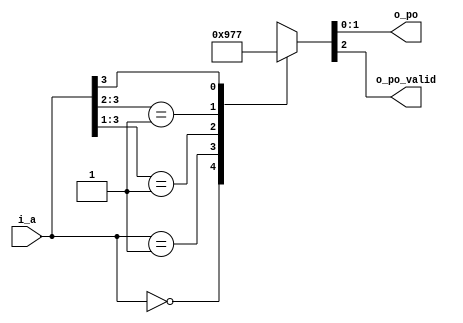
`timescale 1ns / 1ps
//////////////////////////////////////////////////////////////////////////////////
// Company: KETI
// 
// Design Name: 
// Module Name: lzd_4b
// Project Name: 
// Target Devices: 
// Tool Versions: 
// Description: 
// 
// Dependencies: 
// 
// Revision:
// Revision 0.01 - File Created
// Additional Comments:
// 
//////////////////////////////////////////////////////////////////////////////////


module lzd_4b(input [3:0] i_a,
              output wire [1:0] o_po,
              output wire o_po_valid);

    reg [2:0] po_and_valid;
    always @(*) begin 
        casez(i_a)
            4'b0000: po_and_valid = 3'b0_00;
            4'b0001: po_and_valid = 3'b1_00;
            4'b001?: po_and_valid = 3'b1_01;
            4'b01??: po_and_valid = 3'b1_10;
            4'b1???: po_and_valid = 3'b1_11;
            default: po_and_valid = 3'b0_00;
        endcase
    end

    assign o_po       = po_and_valid[1:0];
    assign o_po_valid = po_and_valid[2];
endmodule